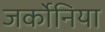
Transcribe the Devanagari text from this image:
जर्कोनिया